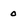
Character: 0